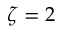
\zeta = 2